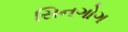
સિનગોગ